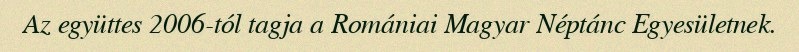
Az együttes 2006-tól tagja a Romániai Magyar Néptánc Egyesületnek.